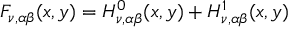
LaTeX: F _ { \nu , \alpha \beta } ( x , y ) = H _ { \nu , \alpha \beta } ^ { 0 } ( x , y ) + H _ { \nu , \alpha \beta } ^ { 1 } ( x , y )